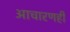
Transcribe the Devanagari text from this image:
आचारणही